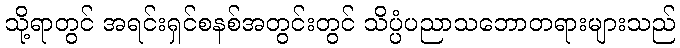
သို့ရာတွင် အရင်းရှင်စနစ်အတွင်းတွင် သိပ္ပံပညာသဘောတရားများသည်